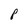
Character: 8